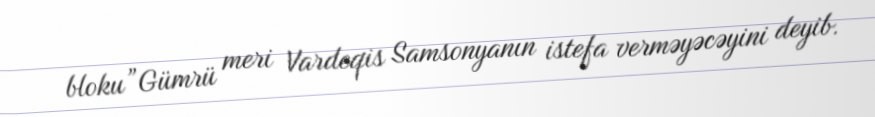
bloku”Gümrü meri Vardeqis Samsonyanın istefa verməyəcəyini deyib.